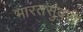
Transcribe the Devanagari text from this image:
भारतसुंदरी